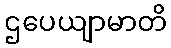
ဌပေယျာမာတိ